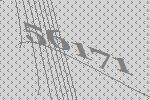
56171